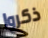
ذكروا